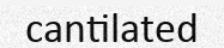
cantilated